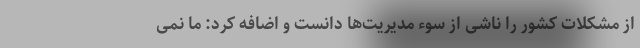
از مشکلات کشور را ناشی از سوء مدیریت‌ها دانست و اضافه کرد: ما نمی